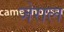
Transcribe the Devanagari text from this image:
जेराल